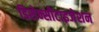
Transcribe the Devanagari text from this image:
डिसेन्सीटाइजेशन